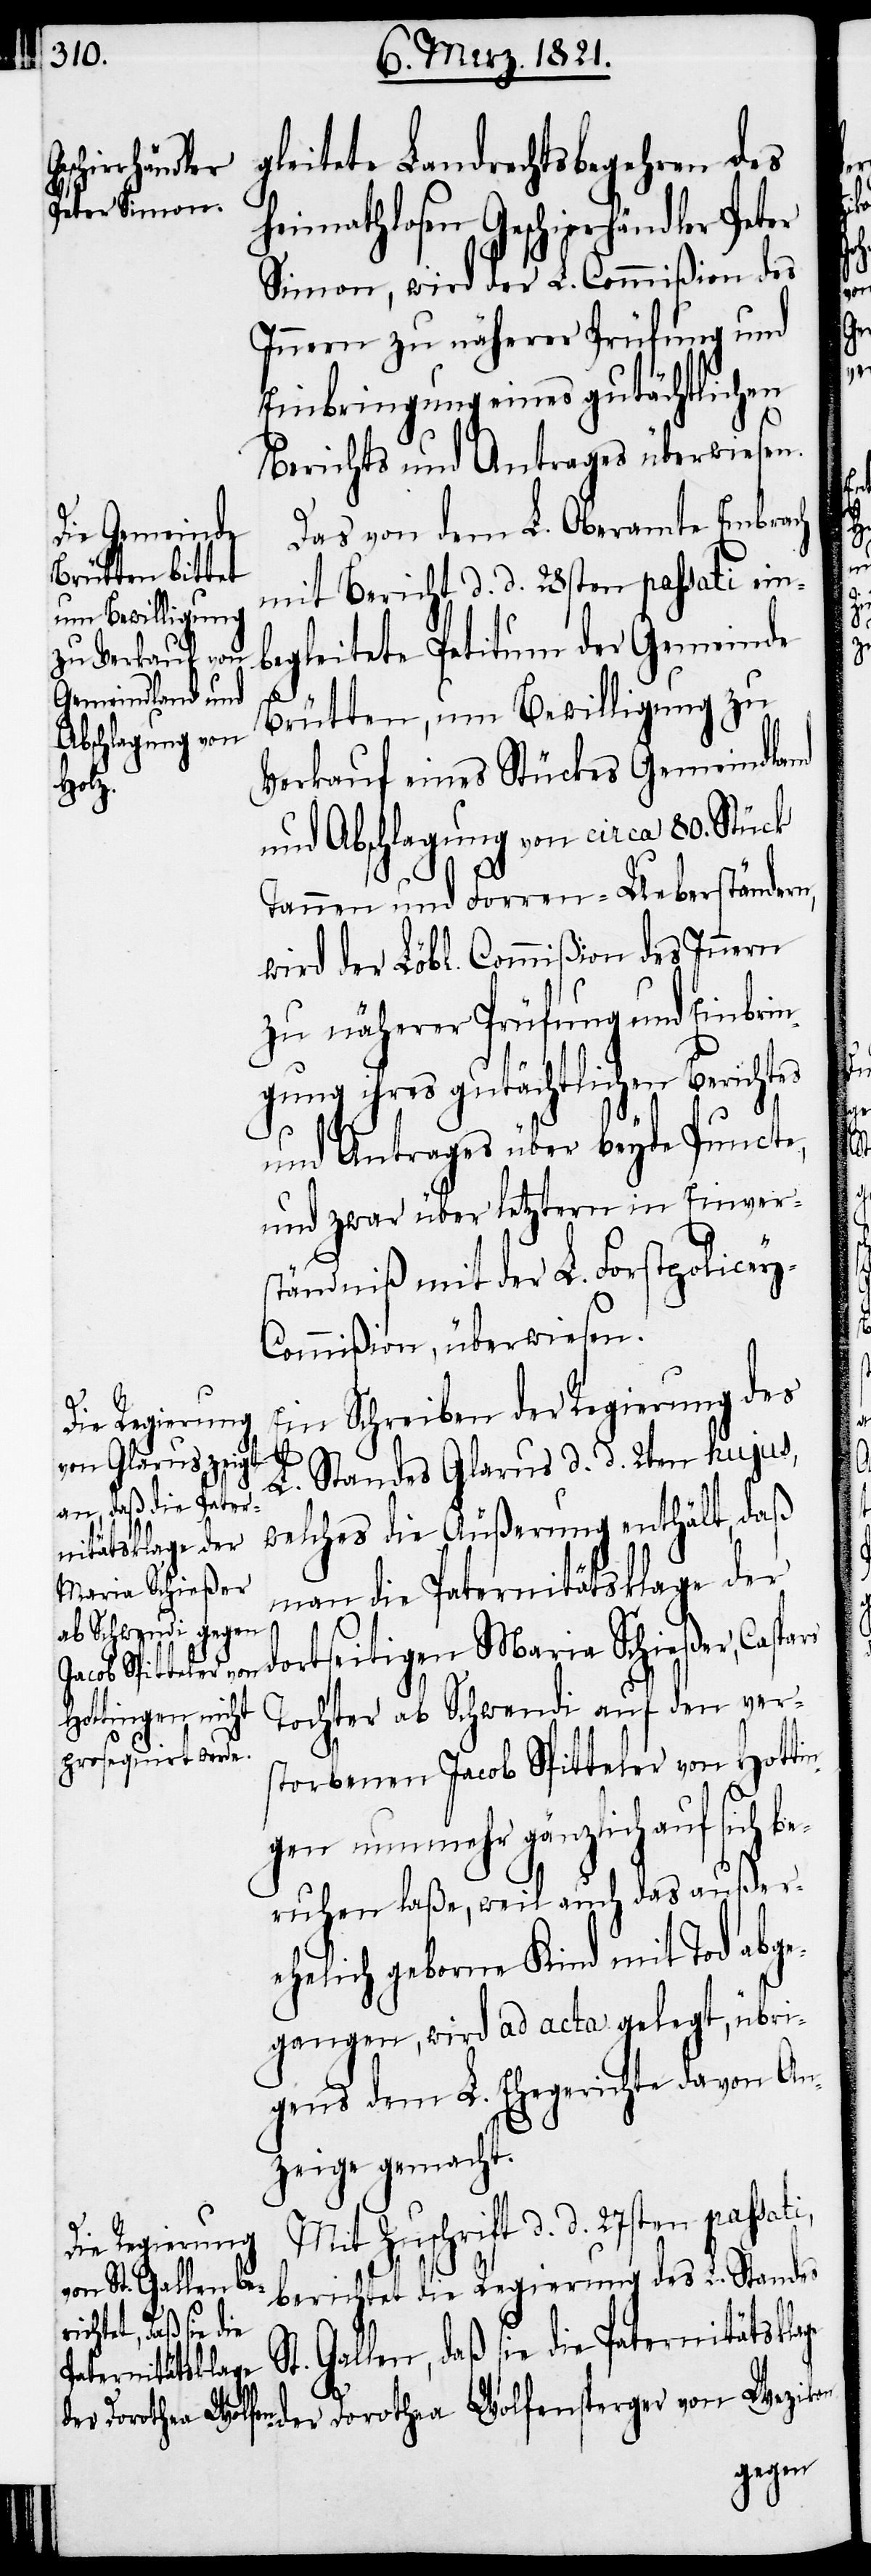
gleitete Landrechtsbegehren des
dortseitigen
heimathlosen Geschirrhändler Peter
Simon, wird der L. Commißion des
Innern zu näherer Prüfung und
Einbringung eines gutächtlichen
Berichts und Antrages überwiesen.
Das von dem L. Oberamte Embrach
mit Bericht d. d. 28sten passati ein¬
begleitete Petitum der Gemeinde
Brütten, um Bewilligung zu
Verkauf eines Stücks Gemeindland
und Abschlagung von circa 80. Stück
Tannen und Forren-Ueberständen,
wird der Löbl. Commißion des Innern
zu näherer Prüfung und Einbrin¬
gung ihres gutächtlichen Berichtes
und Antrages über beyde Puncte,
und zwar über letztern in Einver¬
ständniß mit der L. Forstpolicey-C¬
ommißion, überwiesen.
Ein Schreiben der Regierung des
S¬
L. Standes Glarus d. d. 2ten hujus,
Maria Schießer,
man die Paternitätsklage der
Tochter ab Schwendi auf den vers¬
torbenen Jacob Spitteler von Hotti¬
ngen nunmehr gänzlich auf sich be¬
ruhen laße, weil auch das außer¬
ehelich geborne Kind mit Tod abge¬
gangen, wird ad acta gelegt, übri¬
gens dem L. Ehegerichte davon An¬
zeige gemacht.
Mit Zuschrift d. d. 27sten passati,
berichtet die Regierung des L. Standes
t. Gallen, daß sie die Paternitätskla¬
ge